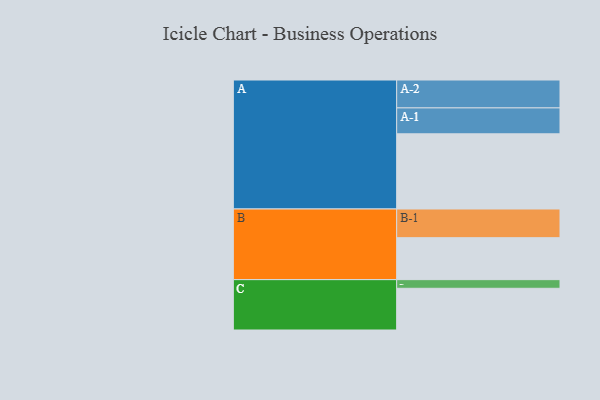
{"axis": {"x": "Segment", "y": "Value"}, "legend": ["", "A", "B", "C"], "data": [{"x": "A", "y": 566, "type": ""}, {"x": "B", "y": 316, "type": ""}, {"x": "C", "y": 314, "type": ""}, {"x": "A-1", "y": 195, "type": "A"}, {"x": "A-2", "y": 210, "type": "A"}, {"x": "B-1", "y": 216, "type": "B"}, {"x": "C-1", "y": 65, "type": "C"}]}